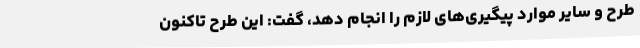
طرح و سایر موارد پیگیری‌های لازم را انجام دهد، گفت: این طرح تاکنون